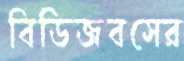
বিডিজবসের